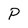
Character: P